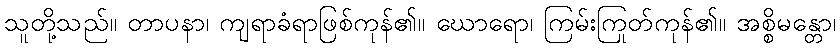
သူတို့သည်။ တာပနာ၊ ကျရာခံရာဖြစ်ကုန်၏။ ဃောရော၊ ကြမ်းကြုတ်ကုန်၏။ အစ္စိမန္တော၊